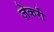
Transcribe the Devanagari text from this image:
ज़ेकरी